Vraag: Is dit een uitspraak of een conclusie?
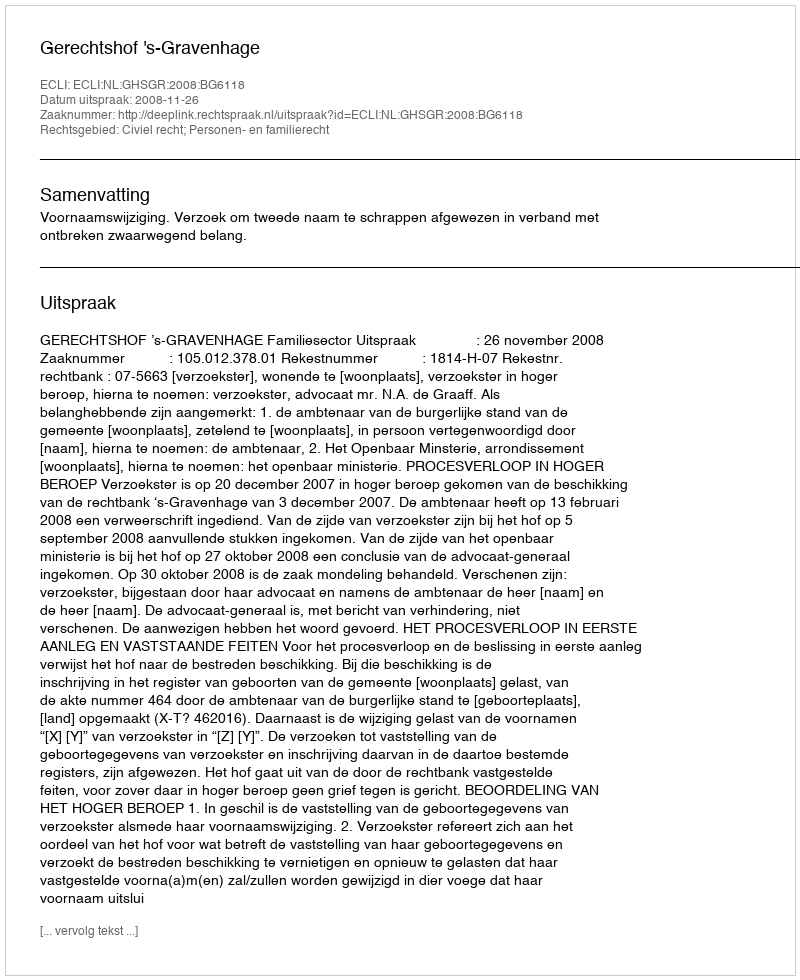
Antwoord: Uitspraak